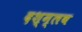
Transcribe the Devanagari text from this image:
दश्म्लब